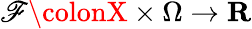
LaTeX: \mathscr{F}\colonX\times\Omega\rightarrow\mathbf{{R}}